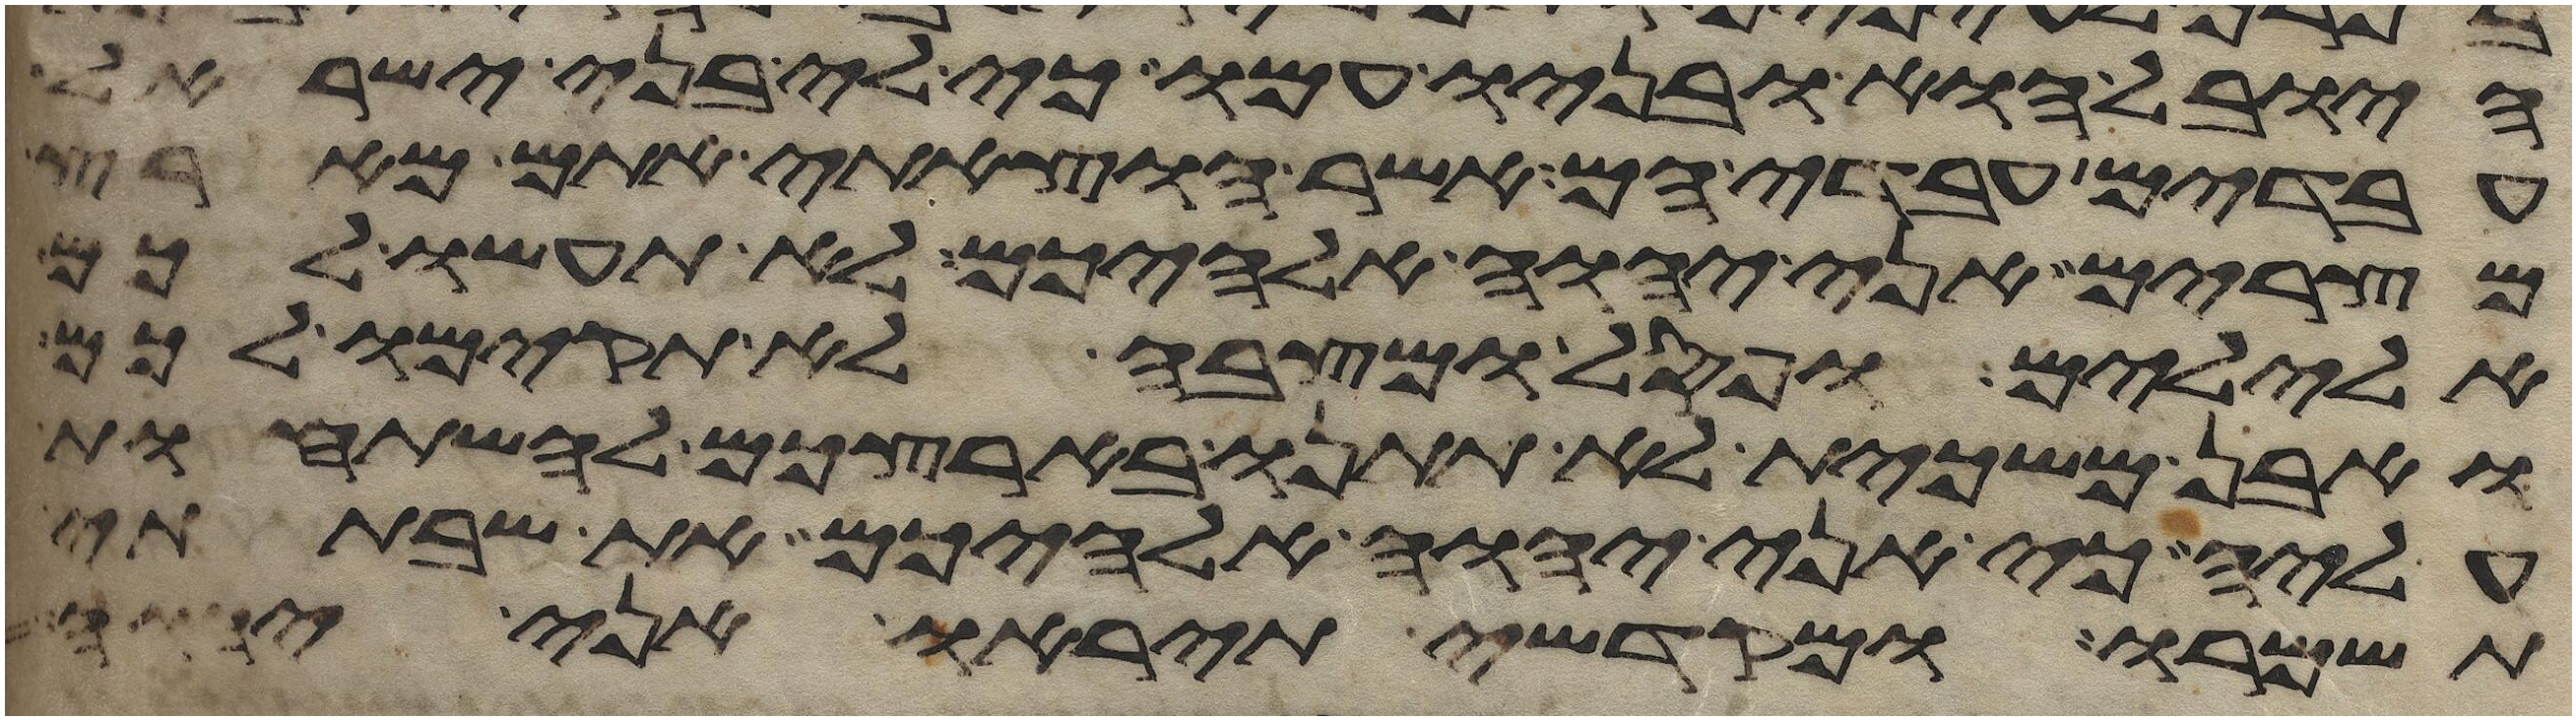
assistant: היובל הוא ובניו עמו כי לי בני ישראל
עבדים עבדי הם אשר הוצאתי אתם מארץ
מצרים אני יהוה אלהיכם לא תעשו לכם
אלילים ופסל ומצבה לא תקימו לכם
ואבן משכית לא תתנו בארצכם להשתחות
עליה כי אני יהוה אלהיכם את שבתתי
תשמרו ומקדשי תיראו אני יהוה